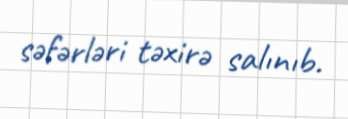
səfərləri təxirə salınıb.